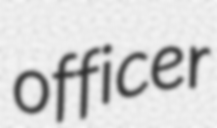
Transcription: officer